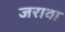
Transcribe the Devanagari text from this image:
जरावा